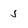
Character: 5